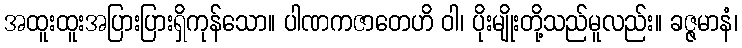
အထူးထူးအပြားပြားရှိကုန်သော။ ပါဏကဇာတေဟိ ဝါ၊ ပိုးမျိုးတို့သည်မူလည်း။ ခဇ္ဇမာနံ၊